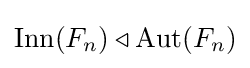
\mathrm {Inn} (F_{n})\triangleleft \mathrm {Aut} (F_{n})